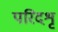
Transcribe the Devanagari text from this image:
परिदशृ